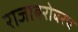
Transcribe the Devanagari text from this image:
राजाबरोबरच